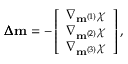
\pmb { \Delta } \mathbf { m } = - \left[ \begin{array} { c } { \nabla _ { \mathbf { m } ^ { ( 1 ) } } \chi } \\ { \nabla _ { \mathbf { m } ^ { ( 2 ) } } \chi } \\ { \nabla _ { \mathbf { m } ^ { ( 3 ) } } \chi } \end{array} \right] ,